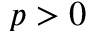
p > 0